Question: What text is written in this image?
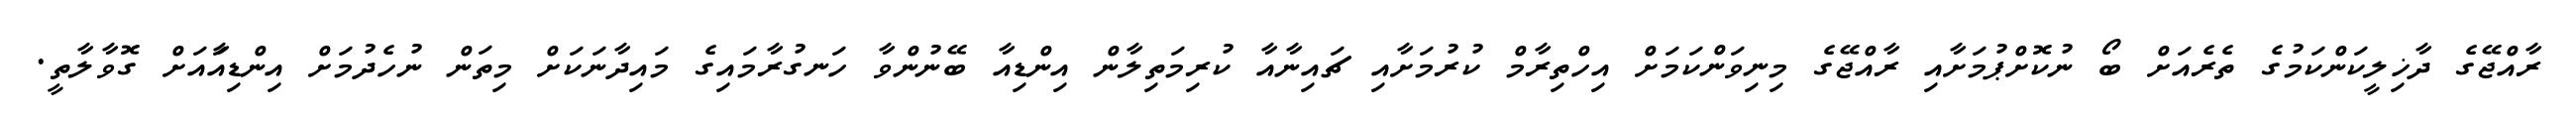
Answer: ރާއްޖޭގެ ދާޚިލީކަންކަމުގެ ތެރެއަށް ބޯ ނުކޮށްޕުމަށާއި ރާއްޖޭގެ މިނިވަންކަމަށް އިހްތިރާމް ކުރުމަށާއި ޗައިނާއާ ކުރިމަތިލާން އިންޑިއާ ބޭނުންވާ ހަނގުރާމައިގެ މައިދާނަކަށް މިތަން ނުހެދުމަށް އިންޑިއާައަށް ގޮވާލާތީ.